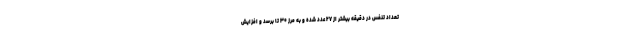
تعداد تنفس در دقیقه بیشتر از ۲۷ عدد شده و به مرز ۳۰ تا برسد و افزایش